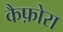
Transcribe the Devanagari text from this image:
कैफ़ोरा